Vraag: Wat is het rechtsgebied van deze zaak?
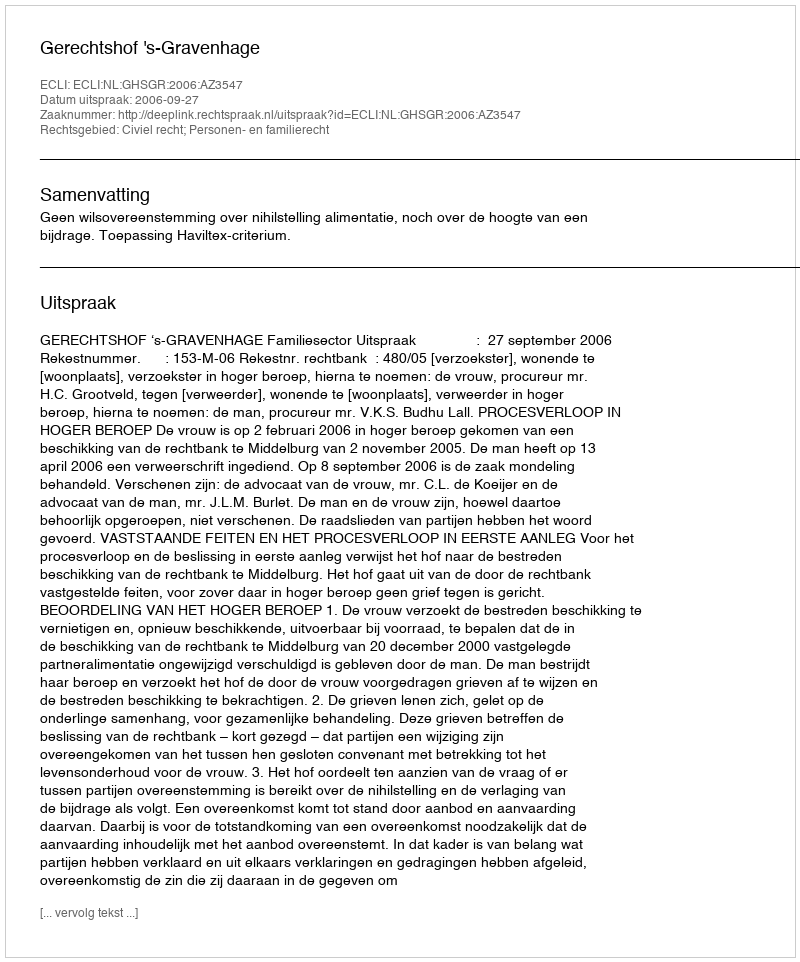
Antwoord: Civiel recht; Personen- en familierecht